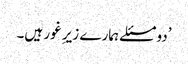
’دو مسئلے ہمارے زیرِ غور ہیں۔